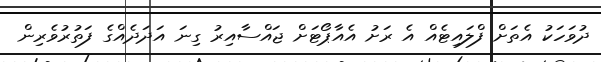
ދުވަހަކު އެތަށް ފްލައިޓެއް އެ ރަށު އެއާޕޯޓަށް ޖައްސާއިރު ގިނަ އަދަދެއްގެ ފަތުރުވެރިން